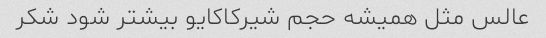
عالس مثل همیشه حجم شیرکاکایو بیشتر شود شکر